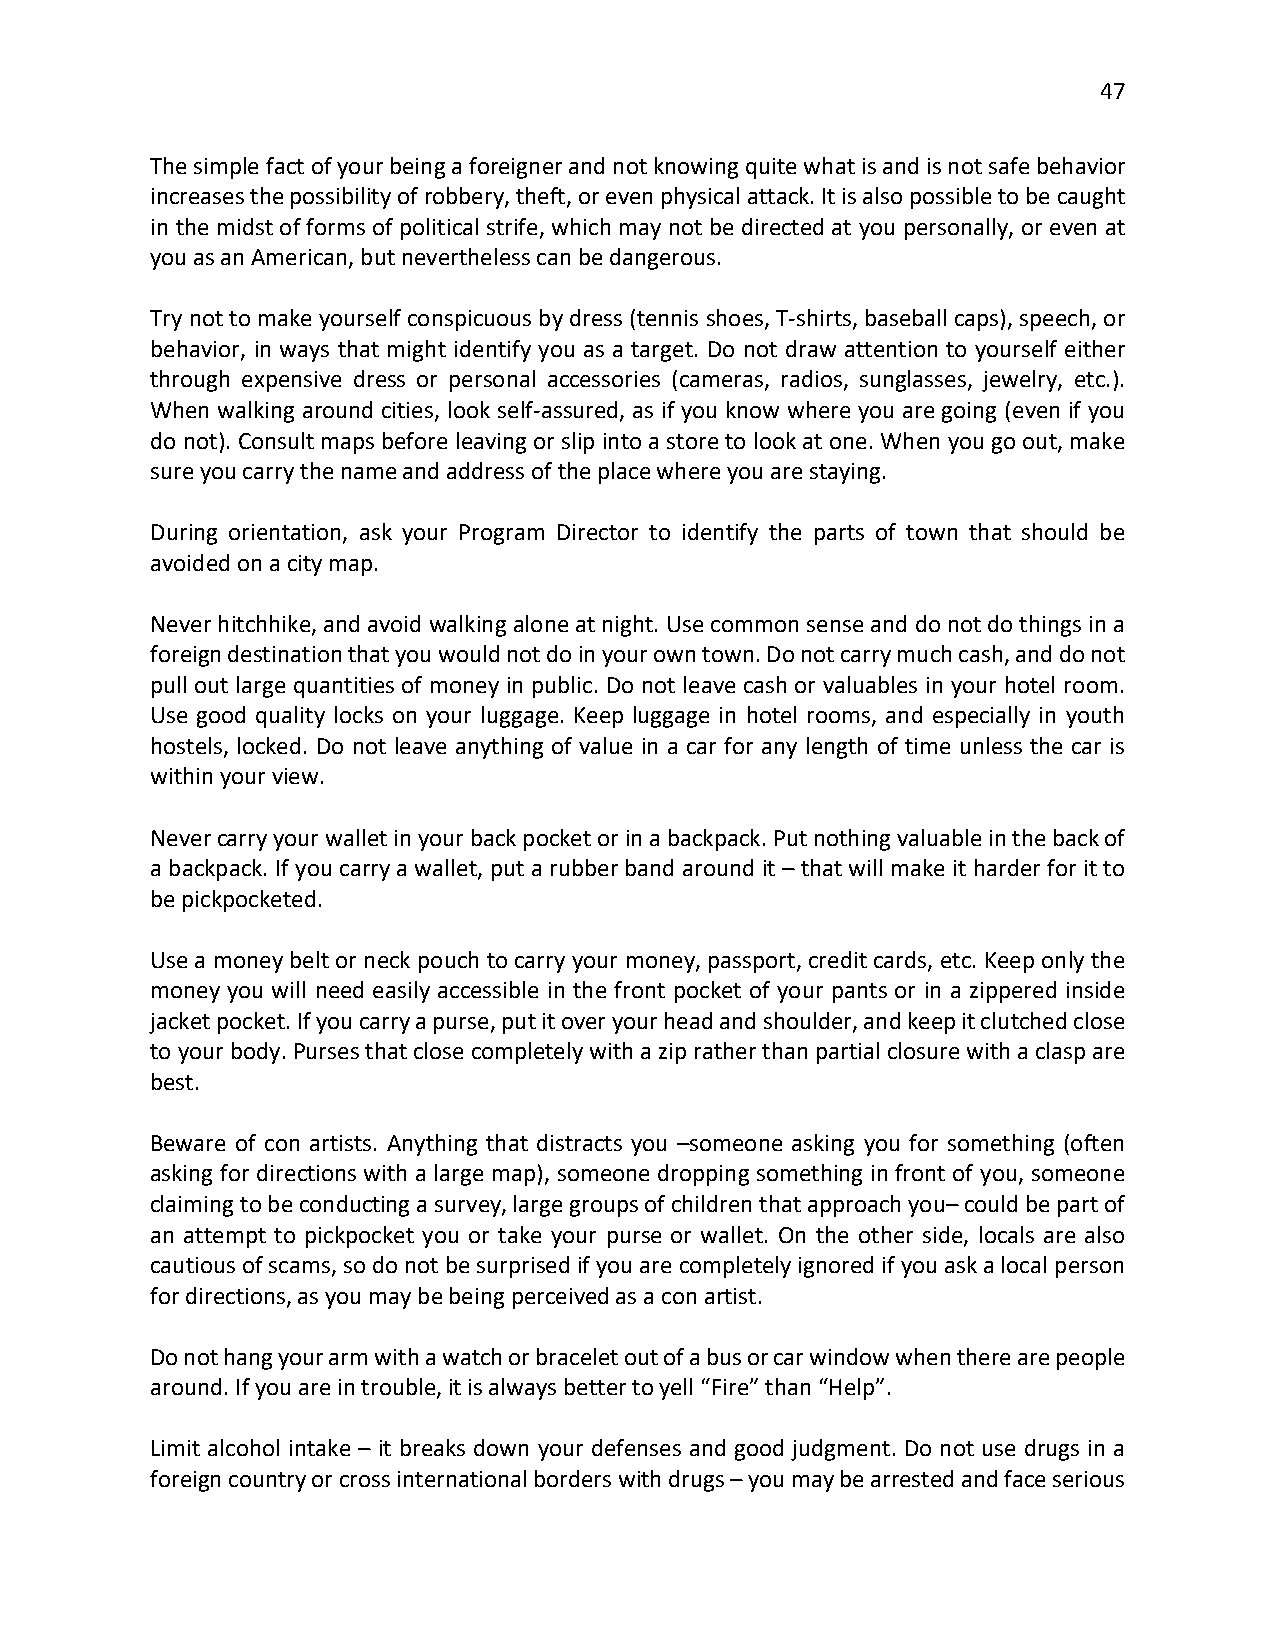
47
 The simple fact of your being a foreigner and not knowing quite what is and is not safe behavior
 increases the possibility of robbery, theft, or even physical attack. It is also possible to be caught
 in the midst of forms of political strife, which may not be directed at you personally, or even at
 you as an American, but nevertheless can be dangerous.
 Try not to make yourself conspicuous by dress (tennis shoes, T-shirts, baseball caps), speech, or
 behavior, in ways that might identify you as a target. Do not draw attention to yourself either
 through expensive dress or personal accessories (cameras, radios, sunglasses, jewelry, etc.).
 When walking around cities, look self-assured, as if you know where you are going (even if you
 do not). Consult maps before leaving or slip into a store to look at one. When you go out, make
 sure you carry the name and address of the place where you are staying.
 During orientation, ask your Program Director to identify the parts of town that should be
 avoided on a city map.
 Never hitchhike, and avoid walking alone at night. Use common sense and do not do things in a
 foreign destination that you would not do in your own town. Do not carry much cash, and do not
 pull out large quantities of money in public. Do not leave cash or valuables in your hotel room.
 Use good quality locks on your luggage. Keep luggage in hotel rooms, and especially in youth
 hostels, locked. Do not leave anything of value in a car for any length of time unless the car is
 within your view.
 Never carry your wallet in your back pocket or in a backpack. Put nothing valuable in the back of
 a backpack. If you carry a wallet, put a rubber band around it – that will make it harder for it to
 be pickpocketed.
 Use a money belt or neck pouch to carry your money, passport, credit cards, etc. Keep only the
 money you will need easily accessible in the front pocket of your pants or in a zippered inside
 jacket pocket. If you carry a purse, put it over your head and shoulder, and keep it clutched close
 to your body. Purses that close completely with a zip rather than partial closure with a clasp are
 best.
 Beware of con artists. Anything that distracts you –someone asking you for something (often
 asking for directions with a large map), someone dropping something in front of you, someone
 claiming to be conducting a survey, large groups of children that approach you– could be part of
 an attempt to pickpocket you or take your purse or wallet. On the other side, locals are also
 cautious of scams, so do not be surprised if you are completely ignored if you ask a local person
 for directions, as you may be being perceived as a con artist.
 Do not hang your arm with a watch or bracelet out of a bus or car window when there are people
 around. If you are in trouble, it is always better to yell “Fire” than “Help”.
 Limit alcohol intake – it breaks down your defenses and good judgment. Do not use drugs in a
 foreign country or cross international borders with drugs – you may be arrested and face serious